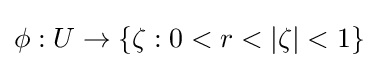
\phi :U\rightarrow \{\zeta :0<r<|\zeta |<1\}